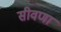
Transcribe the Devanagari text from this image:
सीवणा